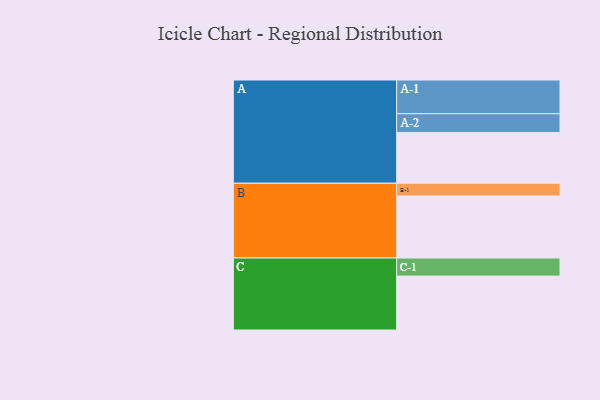
{"axis": {"x": "Segment", "y": "Value"}, "legend": ["", "A", "B", "C"], "data": [{"x": "A", "y": 348, "type": ""}, {"x": "B", "y": 425, "type": ""}, {"x": "C", "y": 369, "type": ""}, {"x": "A-1", "y": 231, "type": "A"}, {"x": "A-2", "y": 128, "type": "A"}, {"x": "B-1", "y": 87, "type": "B"}, {"x": "C-1", "y": 124, "type": "C"}]}